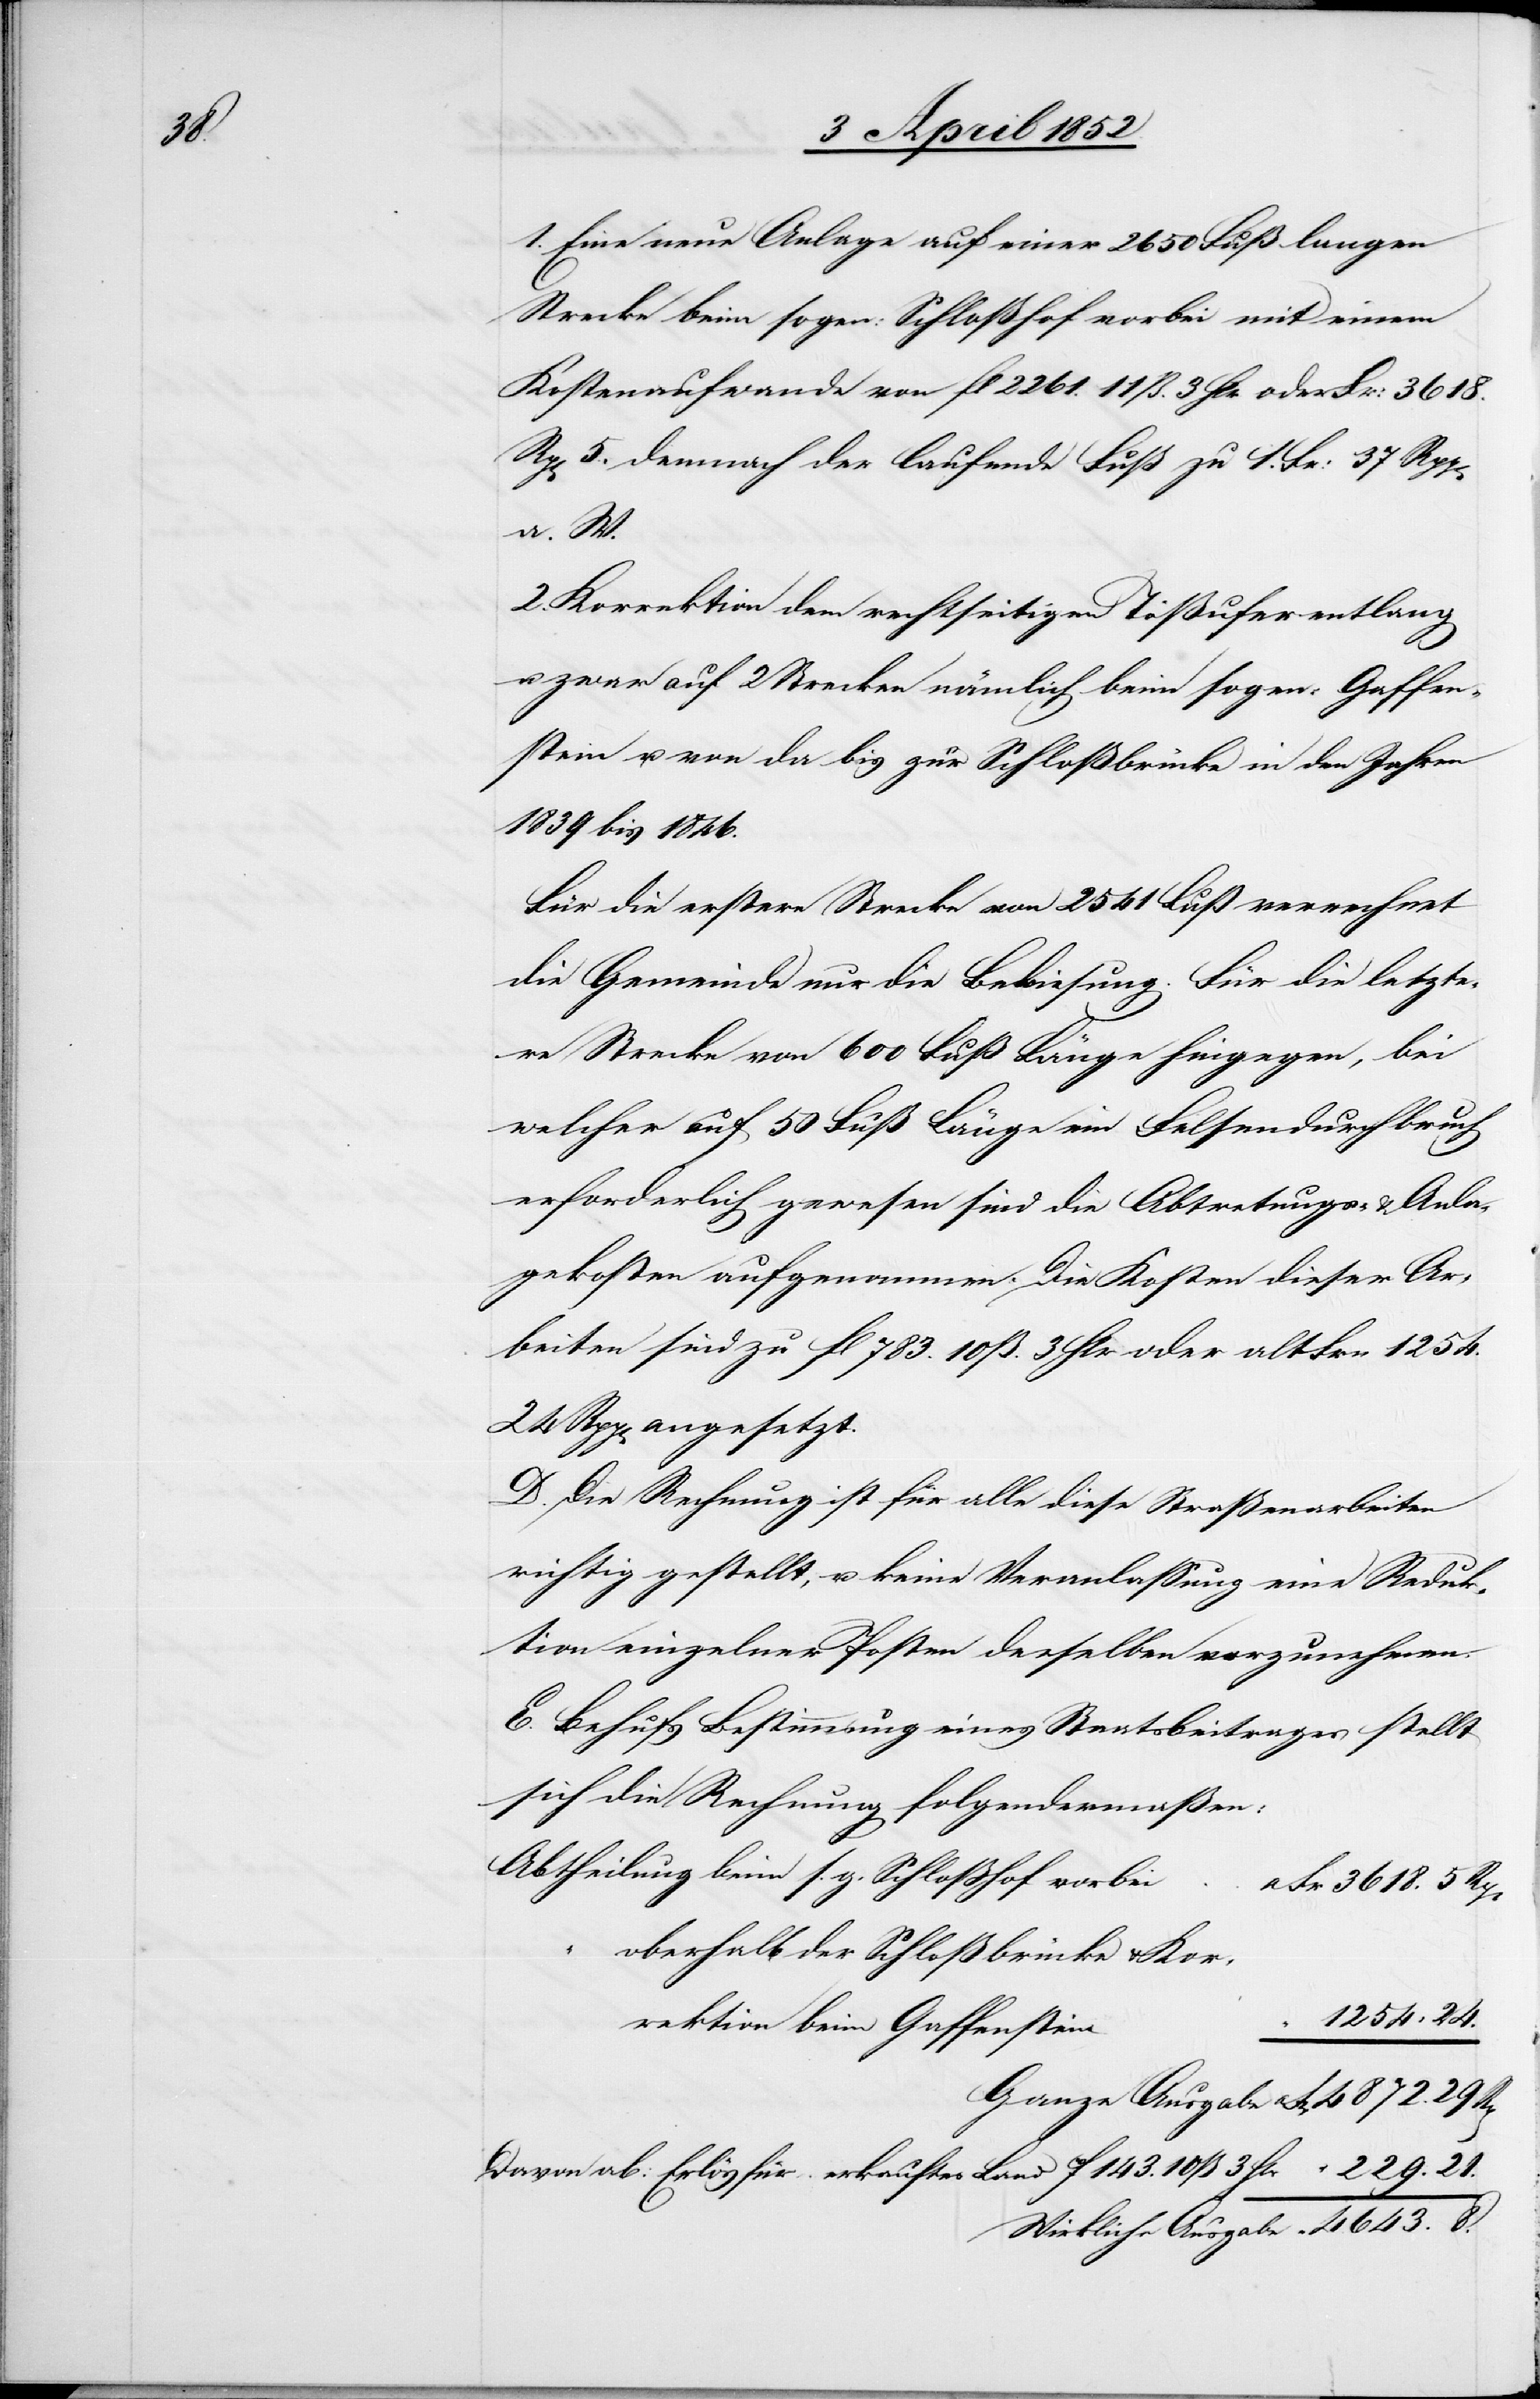
8.

1. Eine neue Anlage auf einer 2650 Fuß langen
Strecke beim sogen: Schloßhof vorbei mit einem
Kostenaufwande von fl 2261. 11 ß. 3 Hlr oder Fr: 3618.
5., demnach der laufende Fuß zu 1. Fr: 37 Rpp[en]
“ 4643.
2. Korrektion dem rechtseitigen Tößufer entlang
u. zwar auf 2 Strecken nämlich beim sogen: Gaffen¬
stein u. von da bis zur Schloßbrücke in den Jahren
1839 bis 1846.
Für die erstere Strecke von 2541 Fuß verrechnet
die Gemeinde nur die Bekiesung. Für die letzte¬
re Strecke von 600 Fuß Länge hingegen, bei
welcher auf 50 Fuß Länge ein Felsendurchbruch
erforderlich gewesen sind die Abtretungs- & Anla¬
gekosten aufgenommen. Die Kosten dieser Ar¬
beiten sind zu fl 783. 10 ß. 3 Hlr oder alt Frn 1254.
24 Rpp[en] angesetzt.
D. Die Rechnung ist für alle diese Straßenarbeiten
richtig gestellt, u. keine Veranlassung eine Reduk¬
tion einzelner Posten derselben vorzunehmen.
E. Behufs Bestimmung eines Staatsbeitrages stellt
sich die Rechnung folgendermaßen:
Abtheilung beim s. g. Schloßhof vorbei
a Fr 3618. 5 Rp[en]
oberhalb der Schloßbrücke & Kor¬
“ 1254 24.
rektion beim Gaffenstein
Davon ab: Erlös für erkauftes Land 10f 143. 10 ß 3 Hlr